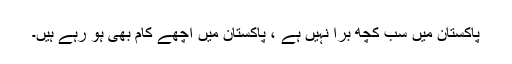
پاکستان میں سب کچھ بُرا نہیں ہے ، پاکستان میں اچھے کام بھی ہو رہے ہیں۔